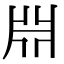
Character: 𣶒